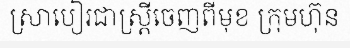
ស្រាបៀរជាស្ត្រីចេញពីមុខ ក្រុមហ៊ុន